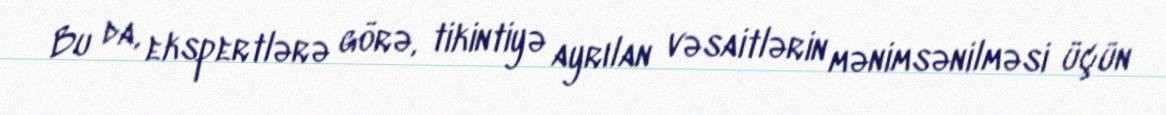
Bu da, ekspertlərə görə, tikintiyə ayrılan vəsaitlərin mənimsənilməsi üçün